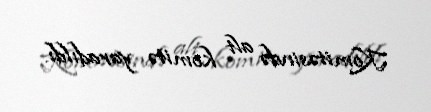
Komitəsində alt komitə yaradıldı.